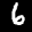
Label: 6